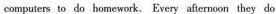
computers to do homework. Every afternoon they do